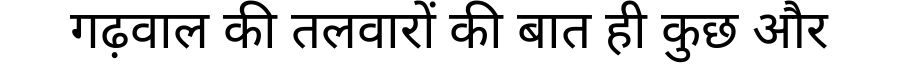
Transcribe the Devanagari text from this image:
गढ़वाल की तलवारों की बात ही कुछ और